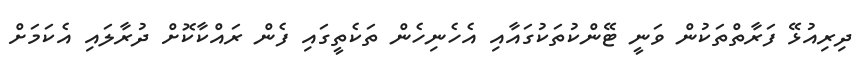
ދިރިއުޅޭ ފަރާތްތަކުން ވަނީ ޓޭންކުތަކުގައާއި އެހެނިހެން ތަކެތީގައި ފެން ރައްކާކޮށް ދުރާލައި އެކަމަށް